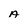
Character: A